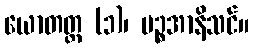
ယောတတ္ထ (၁)၊ ပဉ္စအာနိသင်။